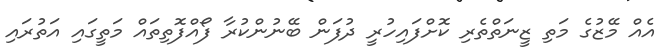
އެއް މޭޒުގެ މަތި ޒީނަތްތެރި ކޮށްފައިހުރީ ދުފަން ބޭނުންކުރާ ފޯއްފޮތިތައް މަތީގައި އަތުރައި